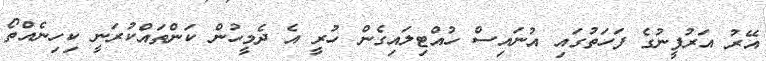
އޭރު އަރުފީނުގެ ފަހަތުގައި އުނައިސް ހުއްޓިލައިގެން ހުރީ އެ ދެމީހުން ކަންތައްކުރަނީ ކިހިނެއްތޯ